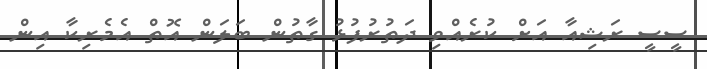
ސީސީ ރަޝިއާ އަށް ކުރެއްވި ދަތުރުފުޅު ގާތުން ބަލަން އޮތް އެމެރިކާ އިން